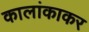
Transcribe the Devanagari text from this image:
कालांकाकर